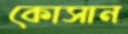
কোসান